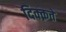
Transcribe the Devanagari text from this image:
दिक्क़तें